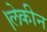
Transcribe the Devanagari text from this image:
।लेकीन